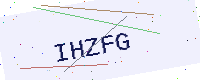
Text: IHZFG